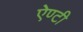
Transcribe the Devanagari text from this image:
ऐण्टी